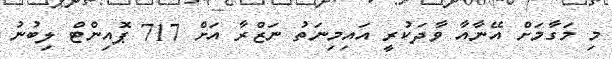
މި މަގާމަށް އޭނާއާ ވާދަކުރީ އައިމިނަތު ނަޒްރާ އަށް 717 ޕޮއިންޓް ލިބުނު